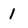
Character: 1